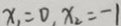
x _ { 1 } = 0 , x _ { 2 } = - 1